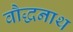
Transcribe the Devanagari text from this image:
वौद्धनाथ